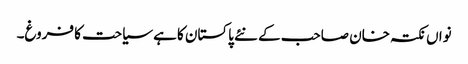
نواں نکتہ خان صاحب کے نئے پاکستان کا ہے سیاحت کا فروغ۔